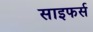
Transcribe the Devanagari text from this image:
साइफर्स